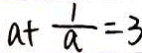
a + \frac { 1 } { a } = 3